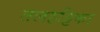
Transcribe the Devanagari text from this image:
तलहट्टिका